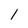
Character: 1